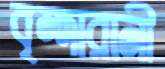
বৃন্দারানী